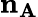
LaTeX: \mathbf{n_{A}}